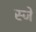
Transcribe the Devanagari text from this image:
स्जे